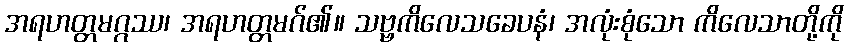
အရဟတ္တမဂ္ဂဿ၊ အရဟတ္တမဂ်၏။ သဗ္ဗကိလေသခေပနံ၊ အလုံးစုံသော ကိလေသာတို့ကို